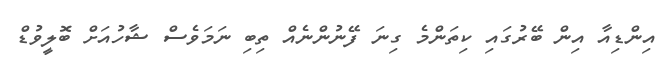
އިންޑިއާ އިން ބޭރުގައި ކިތަންމެ ގިނަ ފޭނުންނެއް ތިބި ނަމަވެސް ޝާހުއަށް ބޮލީވުޑް